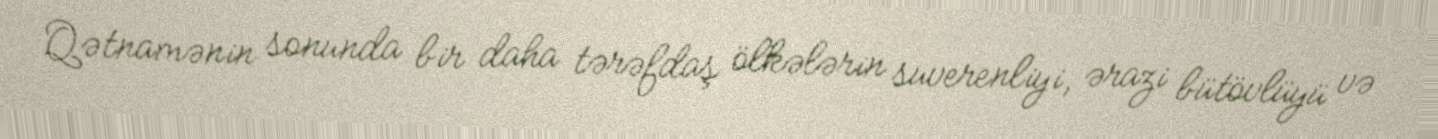
Qətnamənin sonunda bir daha tərəfdaş ölkələrin suverenliyi, ərazi bütövlüyü və